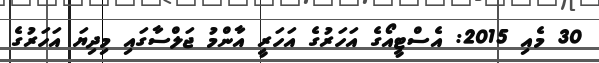
30 މެއި 2015: އެސްޓީއޯގެ އަހަރުގެ އަހަރީ އާންމު ޖަލްސާގައި މިދިޔަ އަހަރުގެ